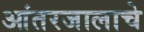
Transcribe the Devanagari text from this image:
आंतरजालाचे